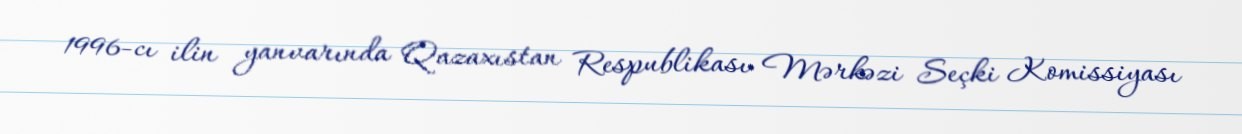
1996-cı ilin yanvarında Qazaxıstan Respublikası Mərkəzi Seçki Komissiyası